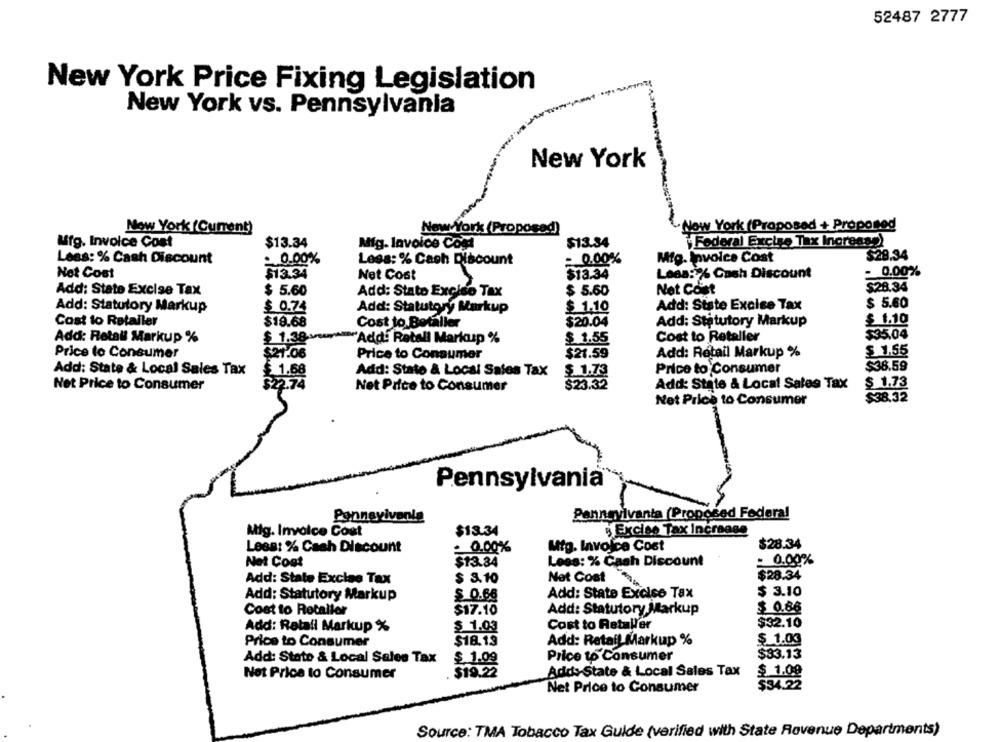
52487 2777
New York Price Fixing Legislation
New York vs. Pennsylvania
New York
New York (Current)
New York (Proposed)
Now York (Proposed + Proposed
Mfg. Invoice Cost
$13.34
Mig. Invoice Cool
$13.34
Federal Excise Tax Inoreas?)
Lees: % Cash Discount
: 0.00%
Less: % Cach Discount
- 0.00%
Mig. Invoice Cost
$28.34
Net Cost
Leds:% Cash Discount
- 0.00%%
$13.34
Net Cost
$13.34
Net Coist
$28.34
Add: State Excise Tax
$ 5.60
Add: Stato Excise Tax
$ 5.60
$ 5.60
Add: Statutory Markup
$ 0.74
Add: Statutory Markup
$ 1.10
Add: Siste Excise Tax
Cost to Retaller
$19.68
Cost to Betaller
$20.04
Add: Statutory Markup
$ 1.10
Add: Rotall Markup %
$ 1.38-
Add: Rotall Markup %
$ 1.55
Cost to Retaller
$35.04
Price to Consumer
$21.06
Price to Consumer
$21.59
Add: Retail Markup %
$ 1.55
Add: State & Local Sales Tax
$ 1.73
Price to Consumer
$38.59
$ 1.68
Add: State & Local Sales Tax
$22.74
$23.32
Add: State & Local Sales Tax
$ 1.73
Net Price to Consumer
Net Price to Consumer
$38.32
Net Price to Consumer
Pennsylvania
Pennsylvania
Pennsylvania (Proposed Federal
Mig. Invoice Cost
$13.34
Excise Tax Increase
Less: % Cash Discount
- 0.00%
Mtg. Invoice Cost
$28.34
Net Cost
$13.34
Lees: % Cash Discount
0.00%
$ 3.10
Net Cost
$28.34
Add: State Excise Tax
Add: State Excise Tax
$ 3.10
Add: Statutory Markup
$ 0.66
$ 0.86
Cost to Rotaller
$17.10
Add: Statutory Markup
$32.10
Add: Retail Markup %
$ 1.03
Cost to Retailer
Price to Consumer
$18.13
Add: Retail Markup %
$ 1.03
$$3.13
Add: Stato & Local Sales Tax
$ 1.09
Price to Consumer
Net Price to Consumer
$19.22
Adds State & Local Sales Tax
$ 1.09
Net Price to Consumer
$34.22
Source: TMA Tobacco Tax Guide (verified with State Rovenue Departments)